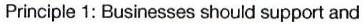
Principle 1: Businesses should support and